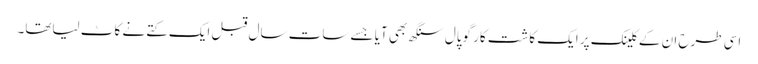
اسی طرح ان کے کلینک پر ایک کاشت کار گوپال سنگھ بھی آیا جسے سات سال قبل ایک کتے نے کاٹ لیاتھا۔